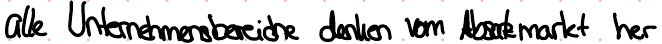
alle Unternehmensbereiche denken vom Absatzmarkt her